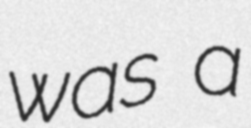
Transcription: was a